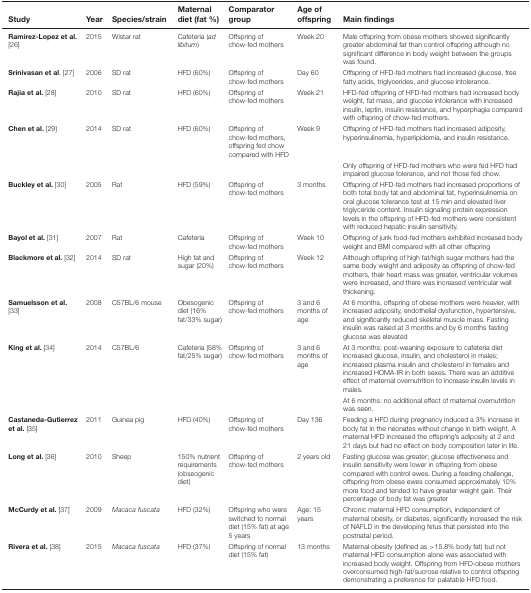
<table><thead><tr><td><b>Study</b></td><td><b>Year</b></td><td><b>Species/strain</b></td><td><b>Maternal diet (fat %)</b></td><td><b>Comparator group</b></td><td><b>Age of offspring</b></td><td><b>Main findings</b></td></tr></thead><tbody><tr><td><b>Ramirez-Lopez et al.</b> [26]</td><td>2015</td><td>Wistar rat</td><td>Cafeteria (<i>ad libitum</i>)</td><td>Offspring of chow-fed mothers</td><td>Week 20</td><td>Male offspring from obese mothers showed significantly greater abdominal fat than control offspring although no significant difference in body weight between the groups was found.</td></tr><tr><td><b>Srinivasan et al</b>. [27]</td><td>2006</td><td>SD rat</td><td>HFD (60%)</td><td>Offspring of chow-fed mothers</td><td>Day 60</td><td>Offspring of HFD-fed mothers had increased glucose, free fatty acids, triglycerides, and glucose intolerance.</td></tr><tr><td><b>Rajia et al.</b> [28]</td><td>2010</td><td>SD rat</td><td>HFD (60%)</td><td>Offspring of chow-fed mothers</td><td>Week 21</td><td>HFD-fed offspring of HFD-fed mothers had increased body weight, fat mass, and glucose intolerance with increased insulin, leptin, insulin resistance, and hyperphagia compared with offspring of chow-fed mothers.</td></tr><tr><td><b>Chen et al.</b> [29]</td><td>2014</td><td>SD rat</td><td>HFD (60%)</td><td>Offspring of chow-fed mothers, offspring fed chow compared with HFD</td><td>Week 9</td><td>Offspring of HFD-fed mothers had increased adiposity, hyperinsulinemia, hyperlipidemia, and insulin resistance.</td></tr><tr><td></td><td></td><td></td><td></td><td></td><td></td><td>Only offspring of HFD-fed mothers who were fed HFD had impaired glucose tolerance, and not those fed chow.</td></tr><tr><td><b>Buckley et al.</b> [30]</td><td>2005</td><td>Rat</td><td>HFD (59%)</td><td>Offspring of chow-fed mothers</td><td>3 months</td><td>Offspring of HFD-fed mothers had increased proportions of both total body fat and abdominal fat, hyperinsulinemia on oral glucose tolerance test at 15 min and elevated liver triglyceride content. Insulin signaling protein expression levels in the offspring of HFD-fed mothers were consistent with reduced hepatic insulin sensitivity.</td></tr><tr><td><b>Bayol et al.</b> [31]</td><td>2007</td><td>Rat</td><td>Cafeteria</td><td>Offspring of chow-fed mothers</td><td>Week 10</td><td>Offspring of junk food-fed mothers exhibited increased body weight and BMI compared with all other offspring</td></tr><tr><td><b>Blackmore et al.</b> [32]</td><td>2014</td><td>SD rat</td><td>High fat and sugar (20%)</td><td>Offspring of chow-fed mothers</td><td>Week 12</td><td>Although offspring of high fat/high sugar mothers had the same body weight and adiposity as offspring of chow-fed mothers, their heart mass was greater, ventricular volumes were increased, and there was increased ventricular wall thickening.</td></tr><tr><td><b>Samuelsson et al.</b> [33]</td><td>2008</td><td>C57BL/6 mouse</td><td>Obesogenic diet (16% fat/33% sugar)</td><td>Offspring of chow-fed mothers</td><td>3 and 6 months of age</td><td>At 6 months, offspring of obese mothers were heavier, with increased adiposity, endothelial dysfunction, hypertensive, and significantly reduced skeletal muscle mass. Fasting insulin was raised at 3 months and by 6 months fasting glucose was elevated</td></tr><tr><td><b>King et al.</b> [34]</td><td>2014</td><td>C57BL/6</td><td>Cafeteria (58% fat/25% sugar)</td><td>Offspring of chow-fed mothers</td><td>3 and 6 months of age</td><td>At 3 months: post-weaning exposure to cafeteria diet increased glucose, insulin, and cholesterol in males; increased plasma insulin and cholesterol in females and increased HOMA-IR in both sexes. There was an additive effect of maternal overnutrition to increase insulin levels in males.</td></tr><tr><td></td><td></td><td></td><td></td><td></td><td></td><td>At 6 months: no additional effect of maternal overnutrition was seen.</td></tr><tr><td><b>Castaneda-Gutierrez et al.</b> [35]</td><td>2011</td><td>Guinea pig</td><td>HFD (40%)</td><td>Offspring of chow-fed mothers</td><td>Day 136</td><td>Feeding a HFD during pregnancy induced a 3% increase in body fat in the neonates without change in birth weight. A maternal HFD increased the offspring’s adiposity at 2 and 21 days but had no effect on body composition later in life.</td></tr><tr><td><b>Long et al.</b> [36]</td><td>2010</td><td>Sheep</td><td>150% nutrient requirements (obseogenic diet)</td><td>Offspring of chow-fed mothers</td><td>2 years old</td><td>Fasting glucose was greater; glucose effectiveness and insulin sensitivity were lower in offspring from obese compared with control ewes. During a feeding challenge, offspring from obese ewes consumed approximately 10% more food and tended to have greater weight gain. Their percentage of body fat was greater</td></tr><tr><td><b>McCurdy et al.</b> [37]</td><td>2009</td><td><i>Macaca fuscata</i></td><td>HFD (32%)</td><td>Offspring who were switched to normal diet (15% fat) at age 5 years</td><td>Age: 15 years</td><td>Chronic maternal HFD consumption, independent of maternal obesity, or diabetes, significantly increased the risk of NAFLD in the developing fetus that persisted into the postnatal period.</td></tr><tr><td><b>Rivera et al.</b> [38]</td><td>2015</td><td><i>Macaca fuscata</i></td><td>HFD (37%)</td><td>Offspring of normal diet (15% fat)</td><td>13 months</td><td>Maternal obesity (defined as &gt;15.8% body fat) but not maternal HFD consumption alone was associated with increased body weight. Offspring from HFD-obese mothers overconsumed high-fat/sucrose relative to control offspring demonstrating a preference for palatable HFD food.</td></tr></tbody></table>